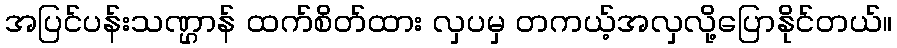
အပြင်ပန်းသဏ္ဌာန် ထက်စိတ်ထား လှပမှ တကယ့်အလှလို့ပြောနိုင်တယ်။